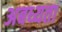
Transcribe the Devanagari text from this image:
अबध्यता